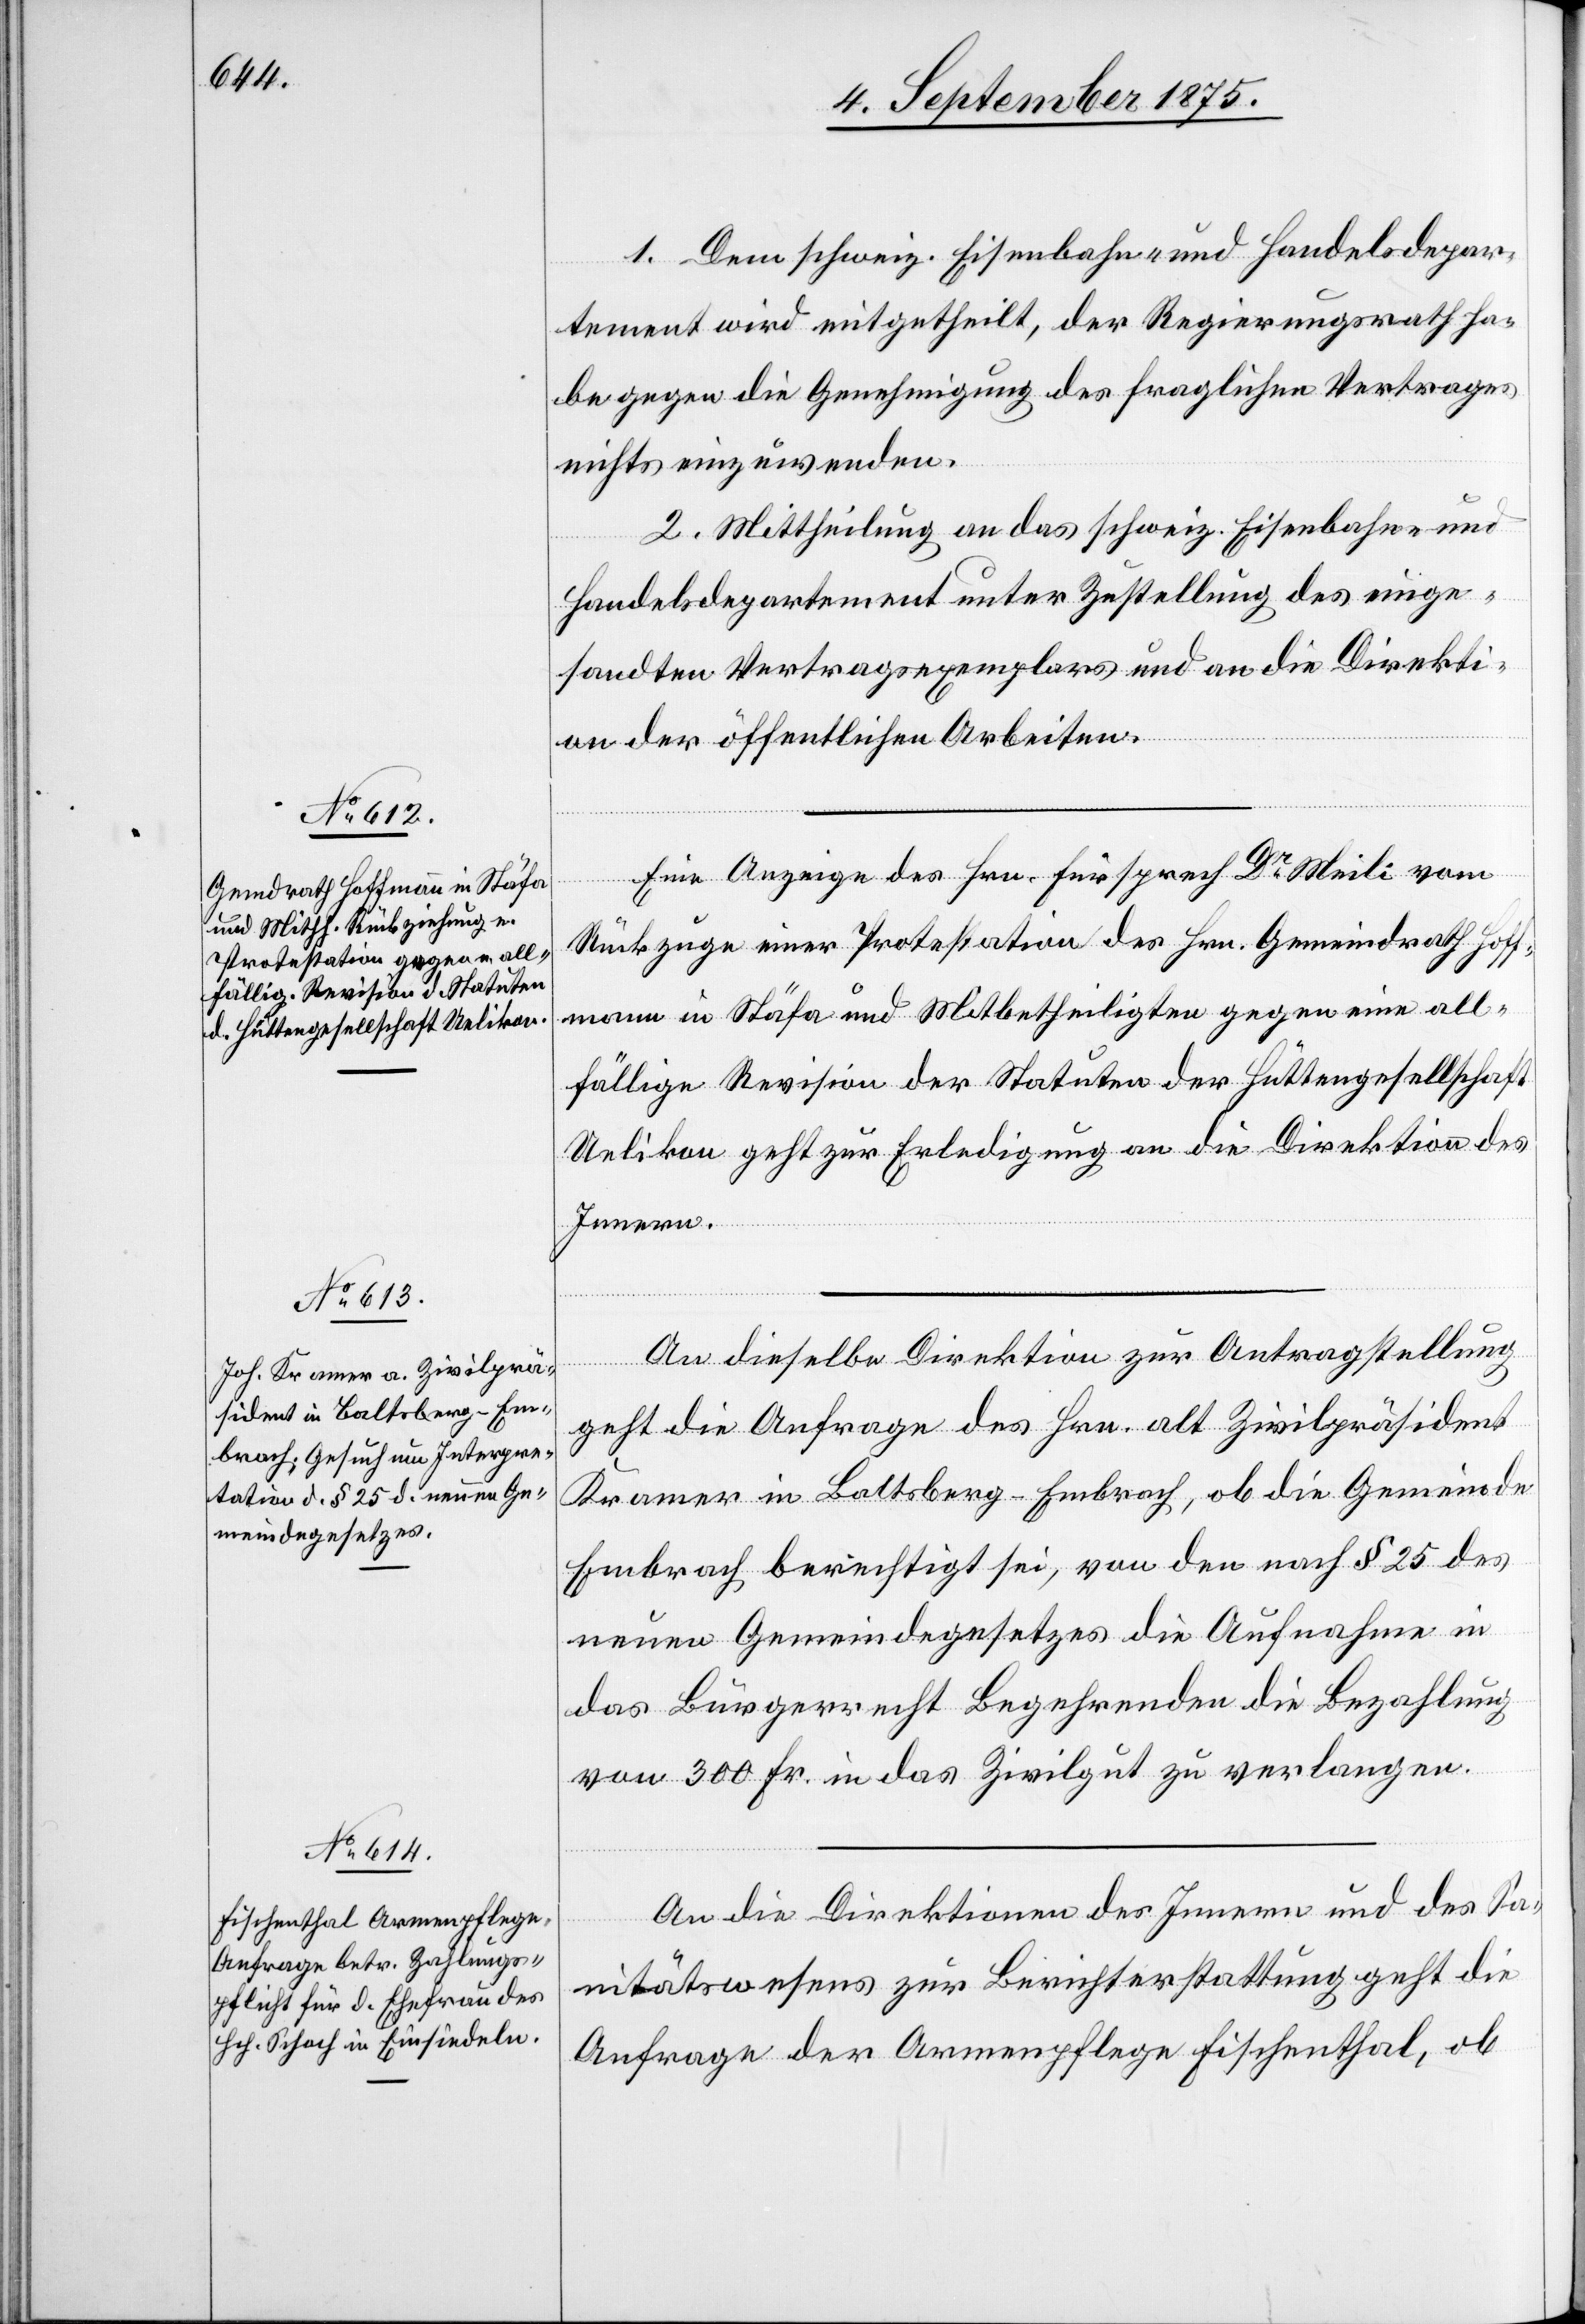
7. September 1875.]
1. Dem schweiz. Eisenbahn- und Handelsdepar¬
tement wird mitgetheilt, der Regierungsrath ha¬
be gegen die Genehmigung des fraglichen Vertrages
nichts einzuwenden.
2. Mittheilung an das schweiz. Eisenbahn- und
Handelsdepartement unter Zustellung des einge¬
sandten Vertragsexemplars und an die Direkti¬
on der öffentlichen Arbeiten.
Eine Anzeige des Hrn. Fürsprech Dr Meili vom
Rückzuge einer Protestation des Hrn. Gemeindrath Hoff¬
mann in Stäfa und Mitbetheiligten gegen eine all¬
fällige Revision der Statuten der Hüttengesellschaft
Uelikon geht zur Erledigung an die Direktion des
Innern.
An dieselbe Direktion zur Antragstellung
geht die Anfrage des Hrn. alt Zivilpräsident
Kramer in Baltsberg - Embrach, ob die Gemeinde
Embrach berechtigt sei, von den nach § 25 des
neuen Gemeindegesetzes die Aufnahme in
das Bürgerrecht Begehrenden die Bezahlung
von 300 Fr. in das Zivilgut zu verlangen.
An die Direktionen des Innern und des Sa¬
nitätswesens zur Berichterstattung geht die
Anfrage der Armenpflege Fischenthal, ob